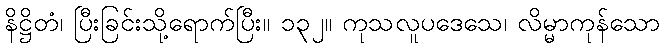
နိဋ္ဌိတံ၊ ပြီးခြင်းသို့ရောက်ပြီး။ ၁၃၂။ ကုသလူပဒေသေ၊ လိမ္မာကုန်သော